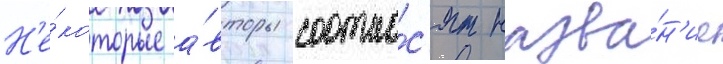
Н'е́которые а́вторы соотно́с'ят назва́н'ие